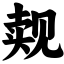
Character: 觌